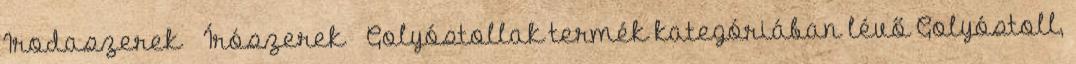
Irodaszerek Írószerek Golyóstollak termék kategóriában lévő Golyóstoll,